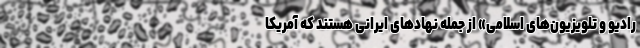
رادیو و تلویزیون‌های اسلامی» از جمله نهادهای ایرانی هستند که آمریکا